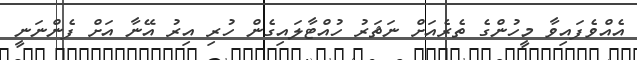
އެއްވެފައިވާ މީހުންގެ ތެރެއަށް ނަޘަރު ހުއްޓާލައިގެން ހުރި އިރު އޭނާ އަށް ފެންނަނީ